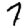
Digit: 7